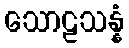
သောဠသန္နံ